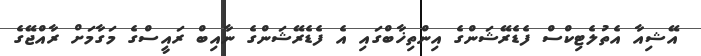
އޭޝިއާ އެތުލެޓިކްސް ފެޑެރޭޝަންގެ އިންތިޚާބްގައި އެ ފެޑެރޭޝަންގެ ނާއިބް ރައީސްގެ މަގާމަށް ރާއްޖޭގެ